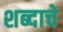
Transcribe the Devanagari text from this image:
शब्‍दाचे